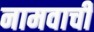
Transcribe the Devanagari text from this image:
नामवाची